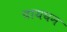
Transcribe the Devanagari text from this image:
पायघन